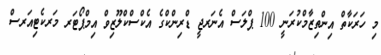
މި ހަރަކާތް އިންތިޒާމްކުރަނީ 100 ޕްލަސް އެނަރޖީ ޑްރިންކްގެ އެކްސްކްލޫޒިވް އިމްޕޯޓަރ މަރކެޓިއަރސް